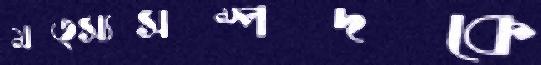
মত্স্যসম্পদকে